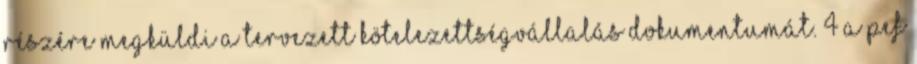
részére megküldi a tervezett kötelezettségvállalás dokumentumát. 4 A PEF